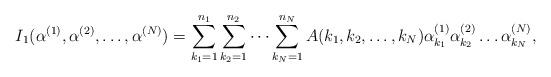
LaTeX: \begin{align*}I_1(\alpha^{(1)},\alpha^{(2)},\dots,\alpha^{(N)})=\sum\limits_{k_1=1}^{n_1}\sum\limits_{k_2=1}^{n_2}\dots\sum\limits_{k_{N}=1}^{n_N}A(k_1,k_2,\dots,k_{N})\alpha_{k_1}^{(1)}\alpha_{k_2}^{(2)}\dots\alpha_{k_{N}}^{(N)},\end{align*}